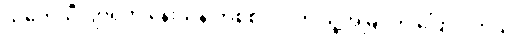
သုတေသီ ဂျာရက် နေးသန် ဘစ်စင်ဂါ က သူ့အမြင်ကို ပြောပါတယ်။